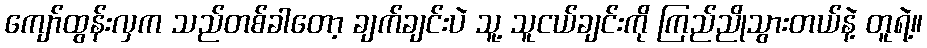
ကျော်ထွန်းလှက သည်တစ်ခါတော့ ချက်ချင်းပဲ သူ့ သူငယ်ချင်းကို ကြည်ညိုသွားတယ်နဲ့ တူရဲ့။